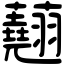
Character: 𧄍